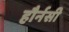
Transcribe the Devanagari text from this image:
हौर्नसी